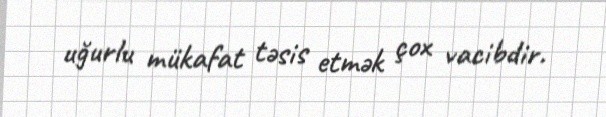
uğurlu mükafat təsis etmək çox vacibdir.